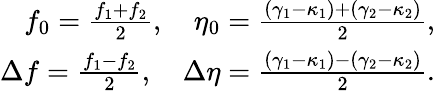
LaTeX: \begin{array}{r}{f_{0}=\frac{f_{1}+f_{2}}{2},\quad\eta_{0}=\frac{(\gamma_{1}-\kappa_{1})+(\gamma_{2}-\kappa_{2})}{2},}\\ {\Delta f=\frac{f_{1}-f_{2}}{2},\quad\Delta\eta=\frac{(\gamma_{1}-\kappa_{1})-(\gamma_{2}-\kappa_{2})}{2}.}\end{array}